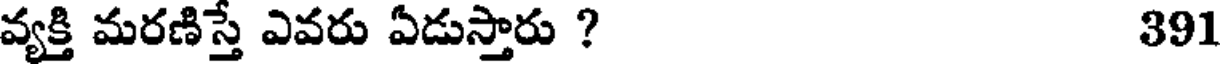
వ్యక్తి మరణిస్తే ఎవరు ఏడుస్తారు ? 391